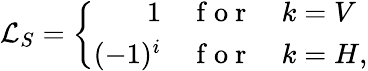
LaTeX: \mathcal{L}_{S}=\left\{ \begin{array}{rcl}{1}&{\mathrm{~f~o~r~}}&{k=V}\\ {(-1)^{i}}&{\mathrm{~f~o~r~}}&{k=H,}\end{array}\right.